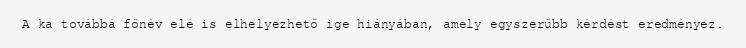
A ka továbbá főnév elé is elhelyezhető ige hiányában, amely egyszerűbb kérdést eredményez.